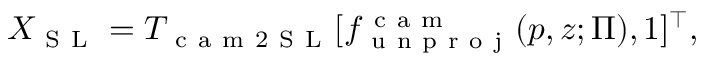
X _ { \mathrm { ~ S ~ L ~ } } = T _ { \mathrm { ~ c ~ a ~ m ~ 2 ~ S ~ L ~ } } [ f _ { \mathrm { ~ u ~ n ~ p ~ r ~ o ~ j ~ } } ^ { \mathrm { ~ c ~ a ~ m ~ } } ( p , z ; \Pi ) , 1 ] ^ { \intercal } ,